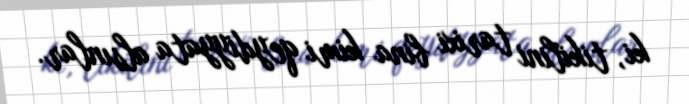
ki, tikilini tarixi bina kimi qeydiyyata alsınlar.